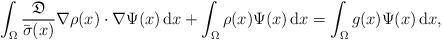
LaTeX: \begin{align*}\int_\Omega \frac{\mathfrak{D}}{\bar{\sigma}(x)}\nabla\rho(x)\cdot \nabla \Psi(x)\, {\rm d}x+ \int_\Omega \rho(x)\Psi(x)\, {\rm d}x= \int_\Omega g(x)\Psi(x)\, {\rm d}x, \end{align*}